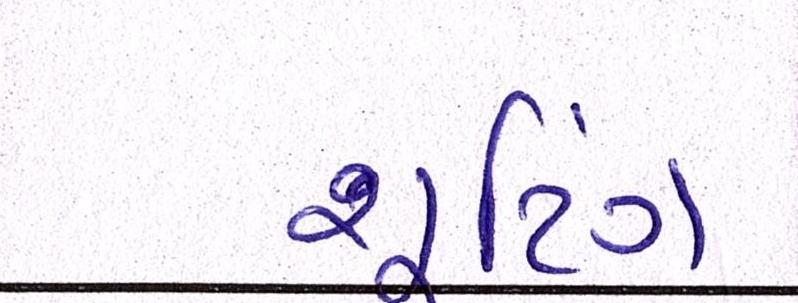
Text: શૂટિંગ